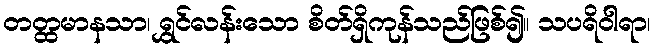
တတ္ထမာနသာ၊ ရွှင်လန်းသော စိတ်ရှိကုန်သည်ဖြစ်၍။ သပရိဝါရာ၊